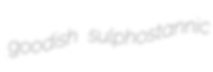
goodish sulphostannic